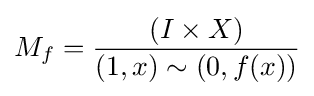
M_{f}={\frac {(I\times X)}{(1,x)\sim (0,f(x))}}